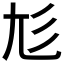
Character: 𡯎